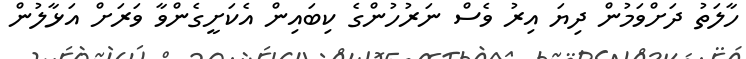
ހާލަތު ދަށްވަމުން ދިޔަ އިރު ވެސް ނަރުހުންގެ ކިބައިން އެކަށީގެންވާ ވަރަށް އަޅާލުން